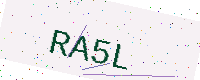
Text: RA5L